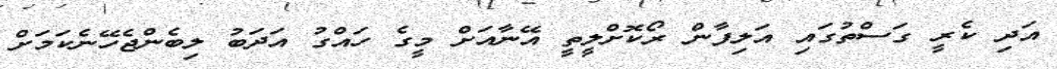
އަދި ކެރީ ގަސްތުގައި އަލިފާން ރޯކޮށްލީތީ އޭނާއަށް މީގެ ހައްގު އަދަބު ލިބެންޖެހޭނެކަމަށް